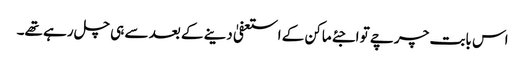
اس بابت چرچے تو اجئے ماکن کے استعفیٰ دینے کے بعد سے ہی چل رہے تھے۔